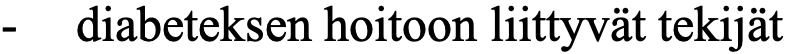
-  diabeteksen hoitoon liittyvät tekijät